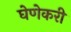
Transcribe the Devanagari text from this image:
घेणेकरी